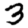
Digit: 3